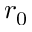
r _ { 0 }